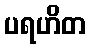
ပရဟိတ